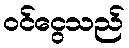
ဝင်ငွေသည်